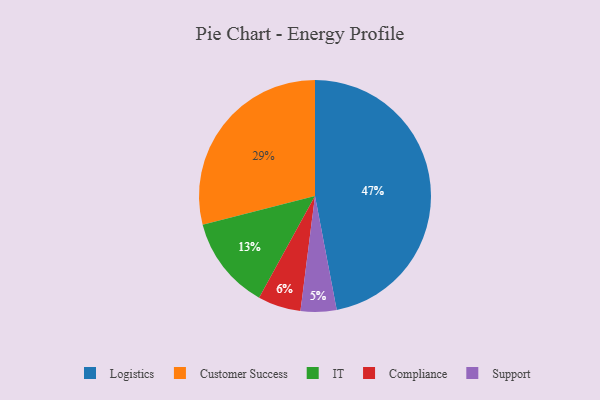
{"axis": {"x": "Category", "y": "Percentage"}, "legend": ["Compliance", "Customer Success", "IT", "Logistics", "Support"], "data": [{"x": "Support", "y": 5, "type": "Support"}, {"x": "IT", "y": 13, "type": "IT"}, {"x": "Compliance", "y": 6, "type": "Compliance"}, {"x": "Customer Success", "y": 29, "type": "Customer Success"}, {"x": "Logistics", "y": 47, "type": "Logistics"}]}